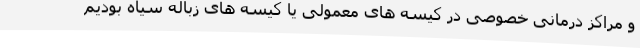
و مراکز درمانی خصوصی در کیسه های معمولی یا کیسه های زباله سیاه بودیم